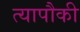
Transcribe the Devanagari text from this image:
त्यापौकी